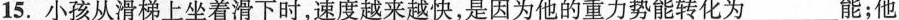
15.小孩从滑梯上坐着滑下时，速度越来越快，是因为他的重力势能转化为_____能；他